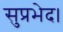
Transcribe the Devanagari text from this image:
सुप्रभेद।